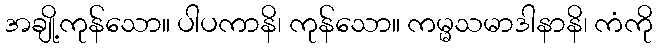
အချို့ကုန်သော။ ပါပကာနိ၊ ကုန်သော။ ကမ္မသမာဒါနာနိ၊ ကံကို